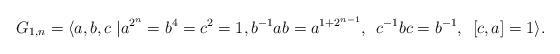
LaTeX: \begin{align*}G_{1,n} = \langle a,b,c \mid & a^{2^n}=b^4=c^2=1,b^{-1}ab=a^{1+2^{n-1}},\hskip2mmc^{-1}bc=b^{-1},\hskip2mm [c,a]=1\rangle.\end{align*}